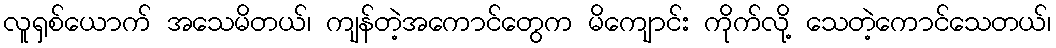
လူရှစ်ယောက် အသေမိတယ်၊ ကျန်တဲ့အကောင်တွေက မိကျောင်း ကိုက်လို့ သေတဲ့ကောင်သေတယ်၊